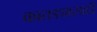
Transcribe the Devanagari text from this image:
कातड्यासाठी